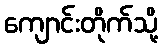
ကျောင်းတိုက်သို့